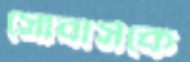
সোবার্সকে